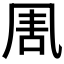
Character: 𠱰